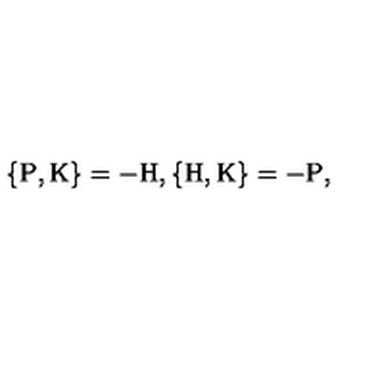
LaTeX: \{ \mathrm { P } , \mathrm { K } \} = - \mathrm { H } , \{ \mathrm { H } , \mathrm { K } \} = - \mathrm { P } ,